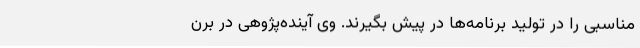
مناسبی را در تولید برنامه‌ها در پیش بگیرند. وی آینده‌پژوهی در برن